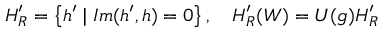
H _ { R } ^ { \prime } = \left\{ h ^ { \prime } \mid I m ( h ^ { \prime } , h ) = 0 \right\} , \quad H _ { R } ^ { \prime } ( W ) = U ( g ) H _ { R } ^ { \prime }